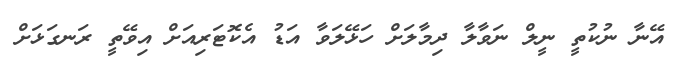
އޭނާ ނުކުތީ ނީލް ނަވާލާ ދިމާލަށް ހަޅޭލަވާ އަޑު އެކޮޓަރިއަށް އިވޭތީ ރަނގަޅަށް